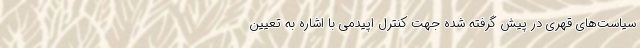
سیاست‌های قهری در پیش گرفته شده جهت کنترل اپیدمی با اشاره به تعیین